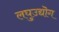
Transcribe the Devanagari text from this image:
लघुउद्यॊग